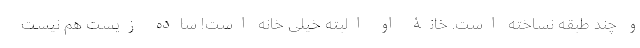
و چند طبقه نساخته است. خانۀ او البته خیلی خانه است! ساده زیست هم نیست